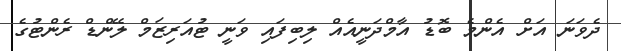
ދެވަނަ އަށް އެންމެ ބޮޑު އާމްދަނީއެއް ލިބިފައި ވަނީ ޓުއަރިޒަމް ލޭންޑް ރެންޓުގެ